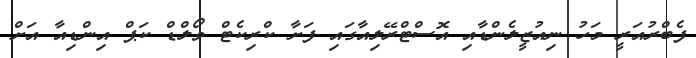
ފެބްރުއަރީ މަހު ނިއުޒީލެންޑާއި އޮސްޓްރޭލިއާގައި ފަށާ ކްރިކެޓް ވޯލްޑް ކަޕް އިންޑިއާ އަށް